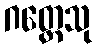
ဂတ္တေသု